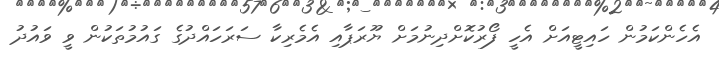
އެހެންކަމުން ހައިޓީއަށް އެހީ ފޯރުކޮށްދިނުމަށް ޔޫރަޕާއި އެމެރިކާ ސަރަހައްދުގެ ގައުމުތަކުން ވީ ވައުދު